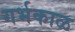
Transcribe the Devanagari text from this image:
गर्भकाळ